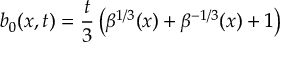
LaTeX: b _ { 0 } ( x , t ) = \frac { t } { 3 } \left( \beta ^ { 1 / 3 } ( x ) + \beta ^ { - 1 / 3 } ( x ) + 1 \right)